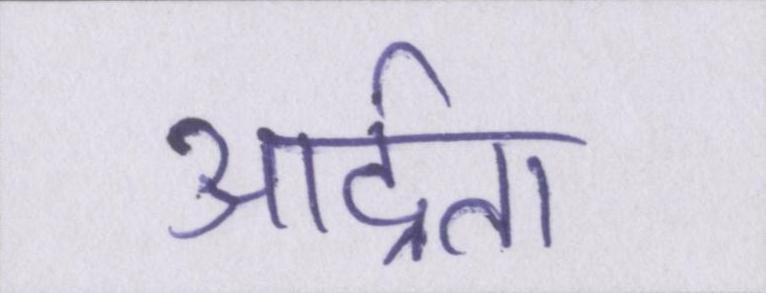
आर्द्रता